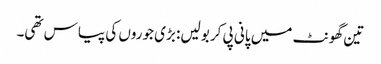
تین گھونٹ میں پانی پی کر بولیں: بڑی جوروں کی پیاس تھی۔